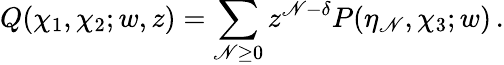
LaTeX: Q(\chi_{1},\chi_{2};w,z)=\sum_{\mathscr{N}\geq0}z^{\mathscr{N}-\delta}P(\eta_{\mathscr{N}},\chi_{3};w)\, .